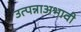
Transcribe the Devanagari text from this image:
उत्पन्नाअभावी